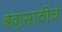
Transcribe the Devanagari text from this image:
वेदांसाठीचे